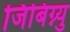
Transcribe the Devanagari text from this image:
जिबिग्न्यु